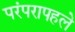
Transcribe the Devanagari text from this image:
परंपरापहले